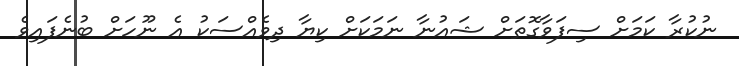
ނުކުރާ ކަމަށް ސިފަވާގޮތަށް ޝައުނާ ނަމަކަށް ކިޔާ ދިވެއްސަކު އެ ނޫހަށް ބުނެފައިވެ